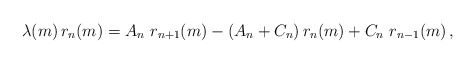
\begin{align*} \lambda(m)\, r_n(m)=A_{n}\ r_{n+1}(m) -(A_n+C_n)\,r_n(m)+ C_n \ r_{n-1}(m)\,,\end{align*}